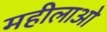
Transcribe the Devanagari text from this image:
महीलाओ